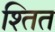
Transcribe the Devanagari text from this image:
श्तित